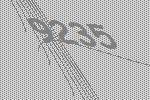
9235